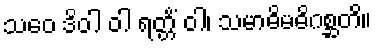
သဝေ ဒိဝါ ဝါ ရတ္တိံ ဝါ၊ သမာဓိမဓိဂစ္ဆတိ။